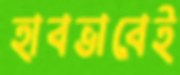
হাবভাবেই